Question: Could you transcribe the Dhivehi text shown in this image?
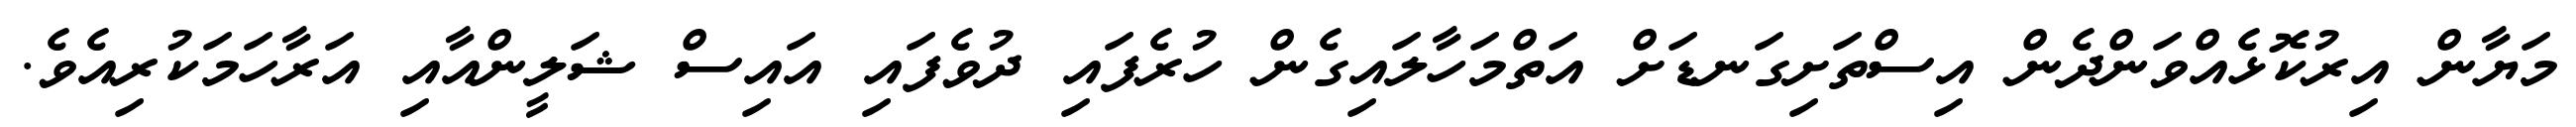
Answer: މަޔާން އިރުކޮޅެއްވަންދެން އިސްތަށިގަނޑަށް އަތްމަހާލައިގެން ހުރެފައި ދުވެފައި އައިސް ޝަލީންއާއި އަރާހަމަކުރިއެވެ.